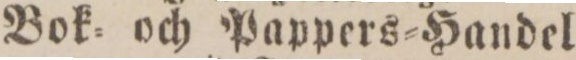
Bok= och Pappers=Handel